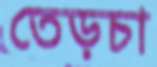
তেড়চা